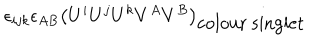
LaTeX: \epsilon _ { i j k } \epsilon _ { A B } \left( U ^ { i } U ^ { j } U ^ { k } V ^ { A } V ^ { B } \right) _ { \mathrm { c o l o u r ~ s i n g l e t } }